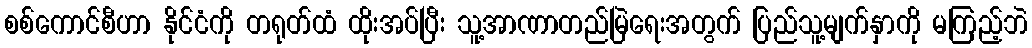
စစ်ကောင်စီဟာ နိုင်ငံကို တရုတ်ထံ ထိုးအပ်ပြီး သူ့အာဏာတည်မြဲရေးအတွက် ပြည်သူ့မျက်နှာကို မကြည့်ဘဲ